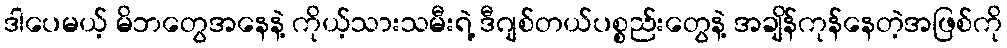
ဒါပေမယ့် မိဘတွေအနေနဲ့ ကိုယ့်သားသမီးရဲ့ ဒီဂျစ်တယ်ပစ္စည်းတွေနဲ့ အချိန်ကုန်နေတဲ့အဖြစ်ကို